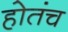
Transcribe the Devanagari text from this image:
होतंच